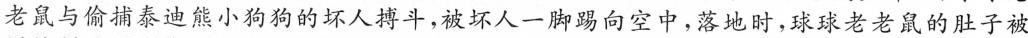
老鼠与偷捕泰迪熊小狗狗的坏人搏斗，被坏人一脚踢向空中，落地时，球球老老鼠的肚子被